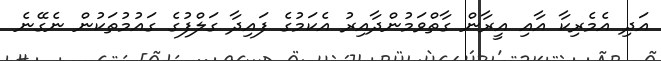
އަދި އެމެރިކާ އާއި އީރާން ގާތްވަމުންދާއިރު އެކަމުގެ ފައިދާ ގަލްފުގެ ގައުމުތަކުން ނެގޭނެ